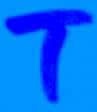
Text: T